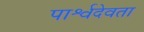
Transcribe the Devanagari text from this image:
पार्श्वदेवता